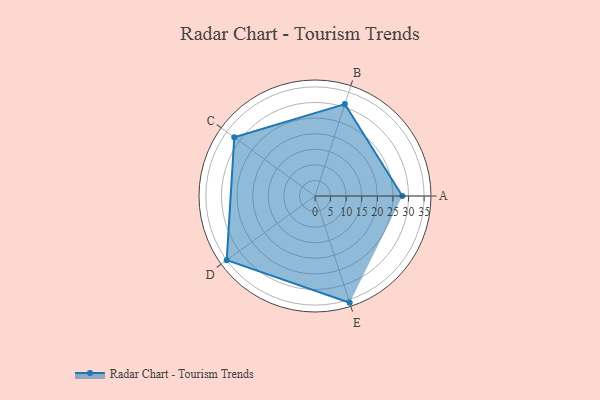
{"axis": {"x": "Skill", "y": "Score"}, "legend": ["Profile"], "data": [{"x": "A", "y": 28.0, "type": "Profile"}, {"x": "B", "y": 31.0, "type": "Profile"}, {"x": "C", "y": 32.0, "type": "Profile"}, {"x": "D", "y": 35.0, "type": "Profile"}, {"x": "E", "y": 36.0, "type": "Profile"}]}